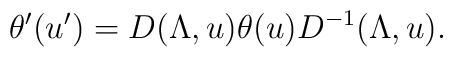
\theta'(u') = D(\Lambda, u) \theta(u) D^{-1}(\Lambda, u).